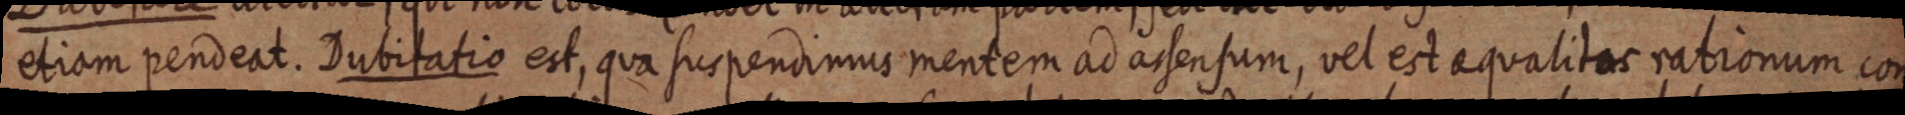
etiam pendeat. Dubitatio est, qua suspendimus mentem ad assensum, vel est aqualitas rationum con